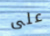
على